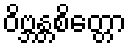
ဝိဗ္ဘန္တစိတ္တော